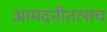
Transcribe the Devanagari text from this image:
आमदनीतलाच